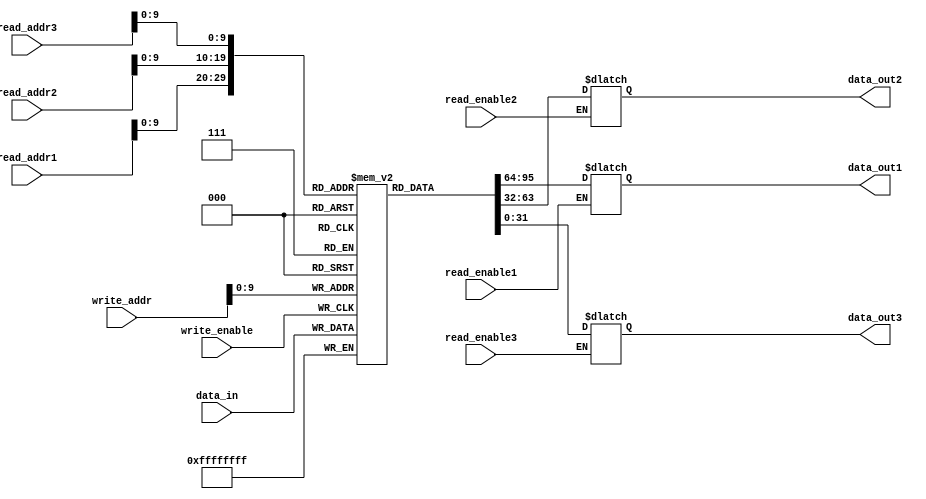
module memory_blocks_rf(
    input [31:0] read_addr1, // Read address for port 1
    input [31:0] read_addr2, // Read address for port 2
    input [31:0] read_addr3, // Read address for port 3
    input [31:0] write_addr, // Write address
    input [31:0] data_in, // Data to be written
    input read_enable1, // Read enable for port 1
    input read_enable2, // Read enable for port 2
    input read_enable3, // Read enable for port 3
    input write_enable, // Write enable
    output reg [31:0] data_out1, // Data read from port 1
    output reg [31:0] data_out2, // Data read from port 2
    output reg [31:0] data_out3 // Data read from port 3
);

reg [31:0] memory[0:1023]; // 1024 memory blocks, each storing a 32-bit register

always @(posedge write_enable) begin
    memory[write_addr] <= data_in; // Write data to the specified memory block
end

always @* begin
    if(read_enable1)
        data_out1 <= memory[read_addr1]; // Read data from the specified memory block for read port 1
    if(read_enable2)
        data_out2 <= memory[read_addr2]; // Read data from the specified memory block for read port 2
    if(read_enable3)
        data_out3 <= memory[read_addr3]; // Read data from the specified memory block for read port 3
end

endmodule